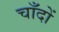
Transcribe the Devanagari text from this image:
चाँदों